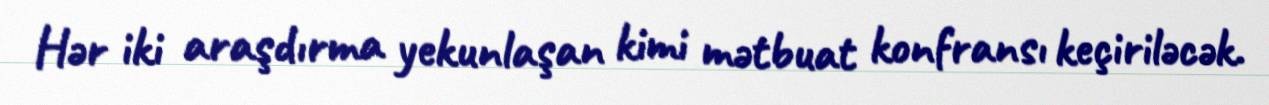
Hər iki araşdırma yekunlaşan kimi mətbuat konfransı keçiriləcək.